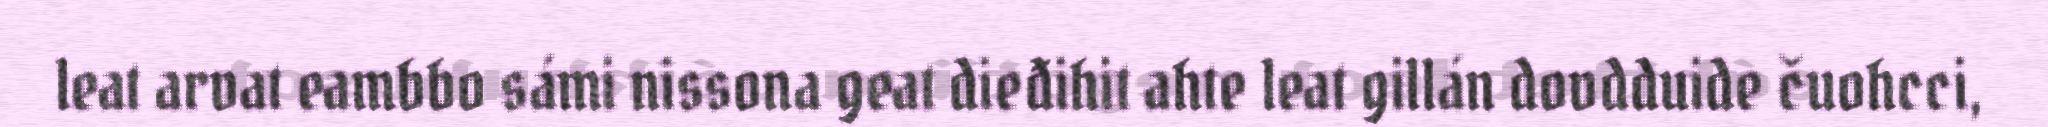
leat arvat eambbo sámi nissona geat dieđihit ahte leat gillán dovdduide čuohcci,